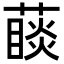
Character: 𦽉